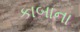
કાબાના